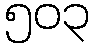
၅၀၃